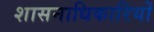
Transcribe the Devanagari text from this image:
शासनाधिकारियों